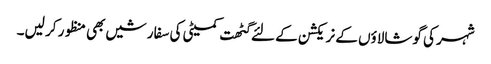
شہر کی گوشالاؤں کے نریکشن کے لئے گٹھت کمیٹی کی سفارشیں بھی منظور کر لیں۔